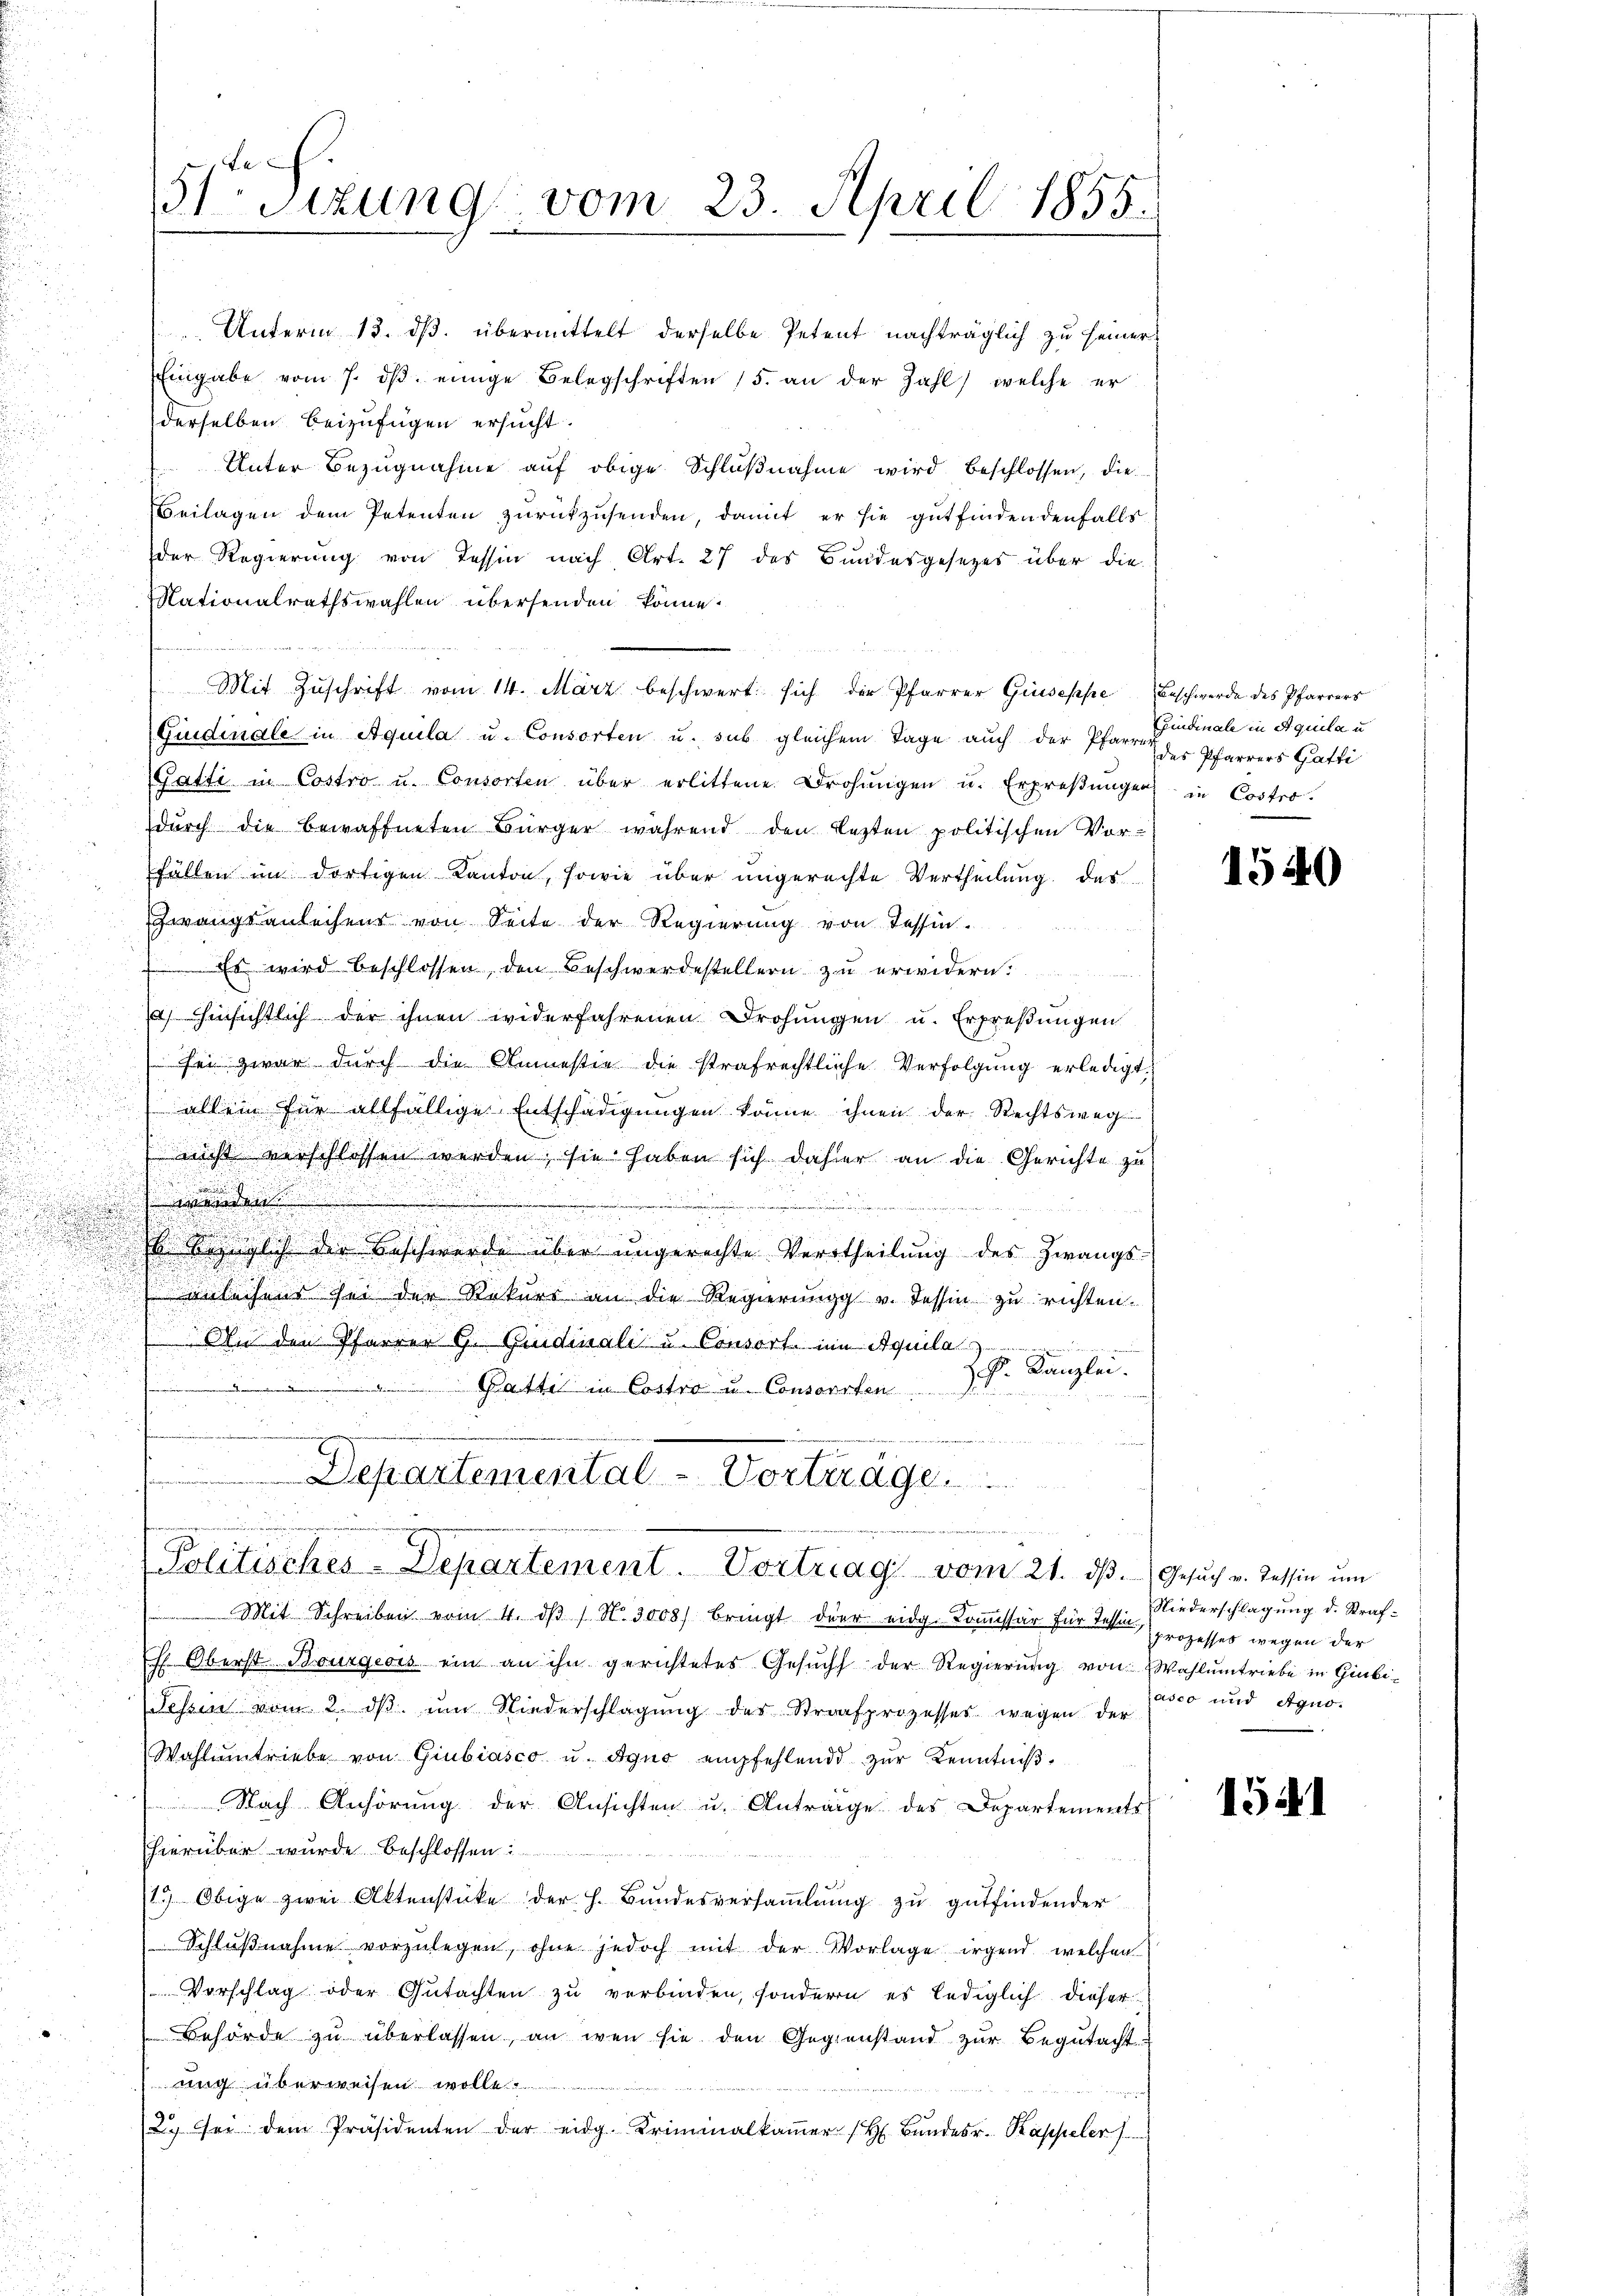
Unterm 13. ds. übermittelt derselbe Petent nachträglich zu seiner
Eingabe vom 7. dβ einige Belegschriften (5. an der Zahl welche er
derselben beizufügen ersucht.
Unter Bezugnahme auf obige Schlußnahme wird beschlossen, die
Beilagen dem Petenten zurückzusenden, damit er sie gutfindendenfalls
der Regierung von Tessin nach Art. 27 des Bundesgesetzes über die
Nationalrathswahlen übersenden könne.
Mit Zŭschrift vom 14. März beschwert sich der Pfarrer Giuseppe Beschwerde des Pfarrers
Fidinale in Aquila u. Consorten u. sub gleichem Tage auch der Pfarrer
Gatti in Costro u. Consorten über erlittene Drohŭngen u. Erpreβŭngen in Costro-
durch die bewaffneten Bürger während den lezten politischen Vor-
fällen im dortigen Kanton, sowie über ungerechte Vertheilung des
Zwangsanleihens von Seite der Regierung von Tessin.
Es wird beschlossen, den Beschwerdestellern zu erwidern
d
a. Einsichtlich der ihnen widerfahrenen Drohungen u. Erpreßungen

.
ei zwar durch die Anmestie die strafrechtliche Verfolgung erledigt

allein für allfällige Entschädigungen könne ihnen der Rechtsweg

.
 nicht verschlossen werden; sie haben sich dahier an die Gerichte zu
den

wegen einen

h. bezüglich der Beschwerde über ungerechte Vertheilung des Zwangs-
 verleihens sei der Rekurs an die Regierŭng v. dessin zu richten.
 An den Pfarrer G. Quidinali u. Consort im Aquilas
Z. G. Kanzlei.
Patti in Costro u. Consorten
Aus der Mutter

e
51 sizung vom 23. April 1855.

anderen

Departemental - Vortrage
e
Politisches-Departement. Vortrag vom 21. dβ. Gesŭch v. Tessin ŭm

Epindinale in Aquila u
des Pfarrers Gatti

Mit Schreiben vom 4. dβ / No. 3008) bringt der eidg. Kommissär für die prozesses wegen der
Eh. Oberst Bourgeois ein an ihn gerichtetes Gesŭcht der Regierŭng von Wahlŭmtriebe in Giubi-
Fessen vom 2. dβ. ŭm Niederschlagung der Strafprozesses wegen der
Wahlmtriebe von Giubiasco u. Aquo empfehlend zŭr Kenntniβ
Nach Anhörung der Ansichten u. Antrage des Departements
hierüber wurde beschlossen
1.) Obige zwei Aktenstücke der h. Bundesversamlung zu gutfindender
Schlŭβnahme vorzŭlegen, ohne jedoch mit der Vorlage irgend welchen
Vorschlag oder Gutachten zu verbinden, sondern es lediglich dieser
Behörde zu überlassen, an wen sie den Gegenstand zur Begutacht:
ung überweisen wollt
2. sei dem Präsidenten der eidg. Kriminalkaṁer (H. Bŭndesr. Kappeler

1540

Niederschlagung d. Straf-
asco und Agno.

1541